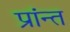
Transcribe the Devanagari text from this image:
प्रांन्त